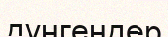
дүнгендер